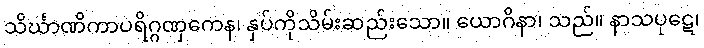
သိင်္ဃာဏိကာပရိဂ္ဂဏှကေန၊ နှပ်ကိုသိမ်းဆည်းသော။ ယောဂိနာ၊ သည်။ နာသပုဋေ၊